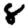
Digit: 8